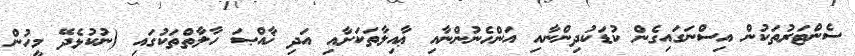
ސެންޓަރުތަކުން އިސްނަގައިގެން ކުޑަކުދިންނާއި އަންހެނުންނާއި ޢާއިލާތަކަށާއި އަދި ޚާއްޞަ ހާލާތްތަކުގައި (ނުކުޅެދޭ މީހުން